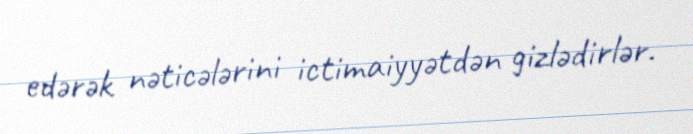
edərək nəticələrini ictimaiyyətdən gizlədirlər.